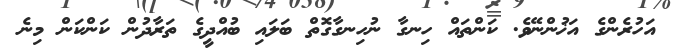
އަހުރެންގެ އަޚުންނޭވެ. ކަންތައް ހިނގާ ނުހިނގާގޮތް ބަލައި ބުއްދީގެ ތަރާދުން ކަންކަން މިނެ